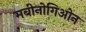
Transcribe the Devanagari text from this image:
मबीनोगिओन